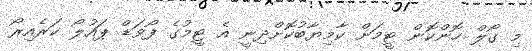
މި ގޯލް ހޮންކޮން ޓީމަށް ކާމިޔާބުކޮށްދިނީ އެ ޓީމުގެ ފޯވަޑް ޕައުލޯ ކަރެއިރޯ